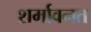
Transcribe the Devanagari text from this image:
शर्मावनत